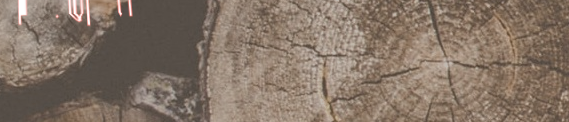
مركز اللياقة البدنية يقدم